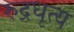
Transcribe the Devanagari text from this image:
रुद्रधृत्य